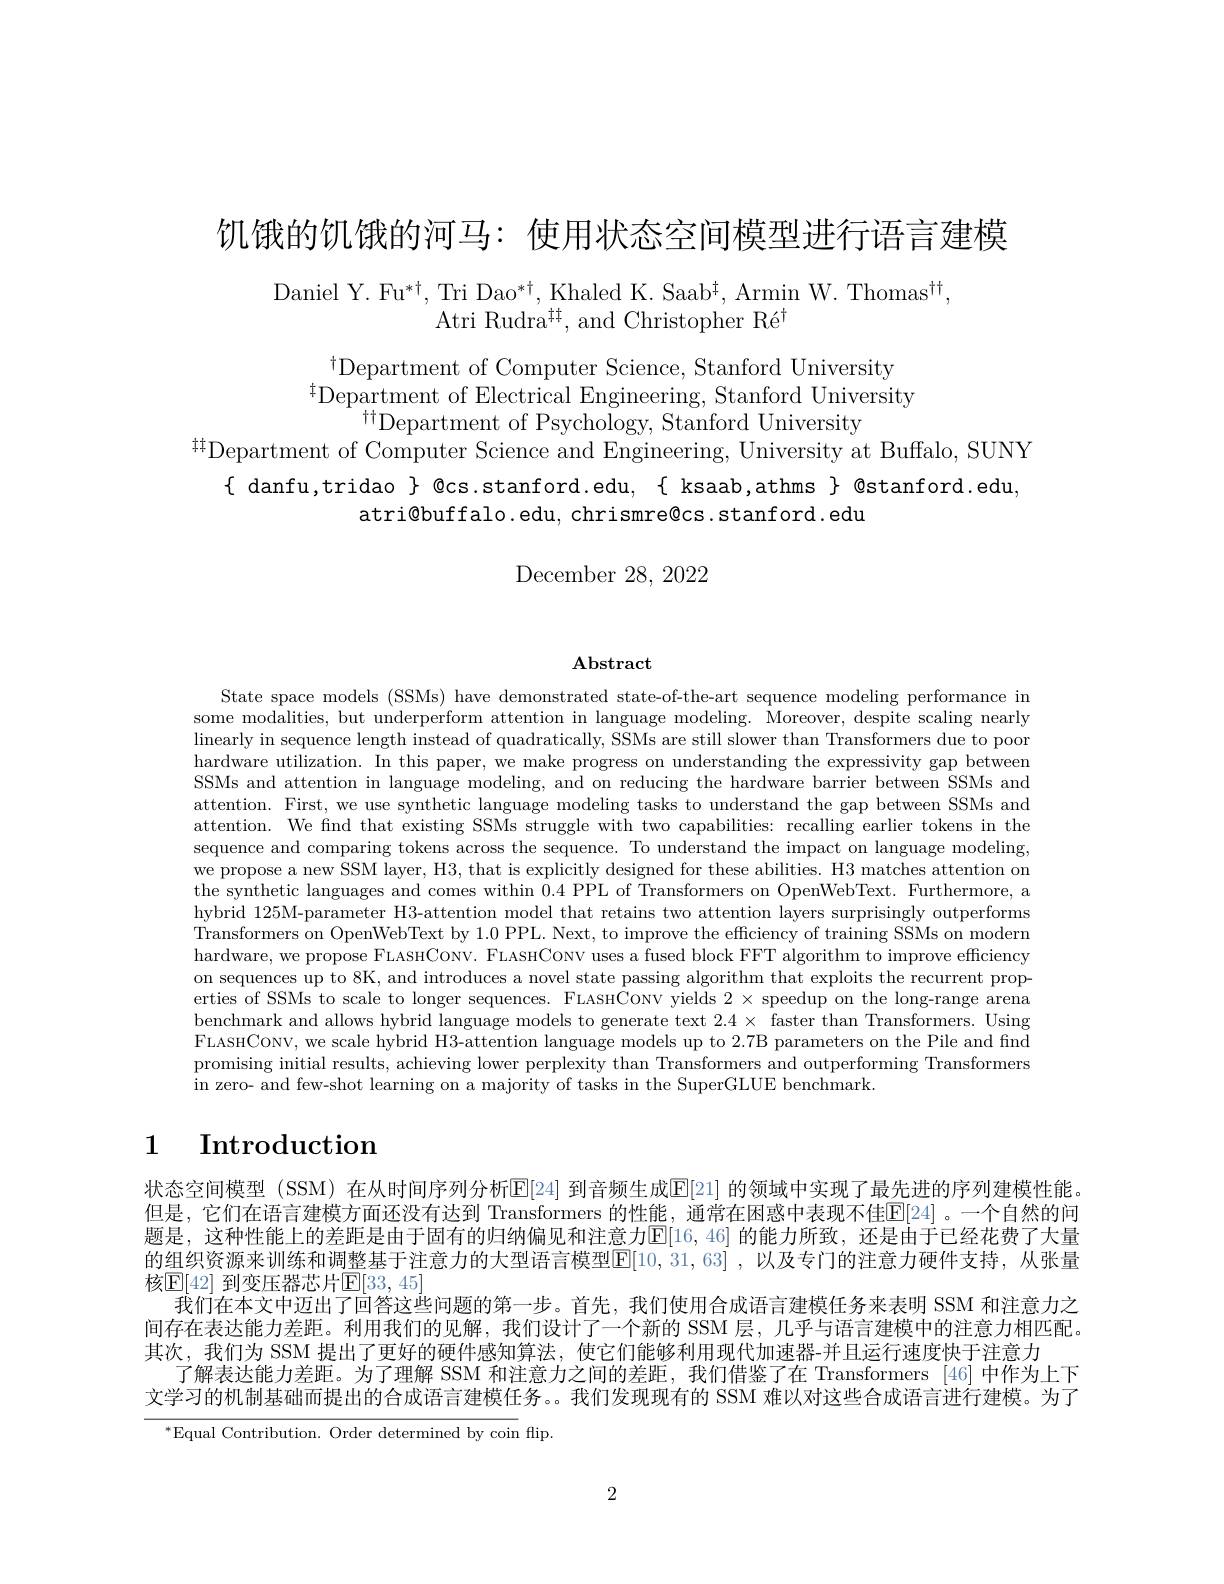
饥饿的饥饿的河马：使用状态空间模型进行语言建模

Daniel Y. Fu$^*\dagger$, Tri Dao$^*\dagger$,Khaled K. Saab$^\dagger$, Armin W. Thomas$^\dagger\dagger$,
Atri Rudra$^{\dagger\dagger}$, and Christopher Ré$^\dagger$

$^{\dagger}$Department of Computer Science, Stanford University
${}^{\ddagger}$Department of Electrical Engineering, Stanford University
$^{\dagger\dagger}$Department of Psychology, Stanford University
$^{\text{\#}}$Department of Computer Science and Engineering, University at Buffalo, SUNY
{ danfu,tridao } @cs.stanford.edu, { ksaab,athms } @stanford.edu,
atri@buffalo.edu, chrismre@cs.stanford.edu

## ${\mathrm{December~28,~2022}}$

$\mathbf{Abstract}$

State space models (SSMs) have demonstrated state-of-the-art sequence modeling performance in some modalities, but underperform attention in language modeling. Moreover, despite scaling nearly linearly in sequence length instead of quadratically, SSMs are still slower than Transformers due to poor hardware utilization. In this paper, we make progress on understanding the expressivity gap between SSMs and attention in language modeling, and on reducing the hardware barrier between SSMs and attention. First, we use synthetic language modeling tasks to understand the gap between SSMs and attention. We find that existing SSMs struggle with two capabilities: recalling earlier tokens in the sequence and comparing tokens across the sequence. To understand the impact on language modeling, we propose a new SSM layer, H3, that is explicitly designed for these abilities. H3 matches attention on the synthetic languages and comes within 0.4 PPL of Transformers on OpenWebText. Furthermore, a hybrid 125M-parameter H3-attention model that retains two attention layers surprisingly outperforms Transformers on OpenWebText by 1.0 PPL. Next, to improve the effciency of training SSMs on modern hardware, we propose FLASHCONV. FLASHCONV uses a fused block FFT algorithm to improve efficiency on sequences up to 8K, and introduces a novel state passing algorithm that exploits the recurrent properties of SSMs to scale to longer sequences. FLASHCoNV yields $2\times$ speedup on the long-range arena benchmark and allows hybrid language models to generate text $2. 4\times$ faster than Transformers. Using benchmark and allows hybrid language models to generate text $2. 4\times$ faster than Transformers. FLASHCONV, we scale hybrid H3-attention language models up to 2.7B parameters on the Pile and find promising initial results, achieving lower perplexity than Transformers and outperforming Transformers in zero- and few-shot learning on a majority of tasks in the SuperGLUE benchmark

# 1 Introduction

状态空间模型 (SSM) 在从时间序列分析$\overline{\mathrm{E}}[24]$ 到音频生成$\overline{\mathrm{E}}[21]$ 的领域中实现了最先进的序列建模性能。但是，它们在语言建模方面还没有达到 Transformers 的性能，通常在困惑中表现不佳$\mathbb{E}[24]$。一个自然的问题是，这种性能上的差距是由于固有的归纳偏见和注意力$\overline{\mathbb{E}}[16,46]$ 的能力所致，还是由于已经花费了大量的组织资源来训练和调整基于注意力的大型语言模型$\mathbb{E}[10,31,63]$ ,以及专门的注意力硬件支持，从张量核$\mathbb{E}[42]$ 到变压器芯片$\mathbb{E}[33,45]$
我们在本文中迈出了回答这些问题的第一步。首先，我们使用合成语言建模任务来表明 SSM 和注意力之间存在表达能力差距。利用我们的见解，我们设计了一个新的 SSM 层，几乎与语言建模中的注意力相匹配。其次，我们为 SSM 提出了更好的硬件感知算法，使它们能够利用现代加速器-并且运行速度快于注意力
了解表达能力差距。为了理解 SSM 和注意力之间的差距，我们借鉴了在 Transformers [46]中作为上下文学习的机制基础而提出的合成语言建模任务。。我们发现现有的 SSM 难以对这些合成语言进行建模。为了
$^{*}$Equal Contribution. Order determined by coin flip.

2